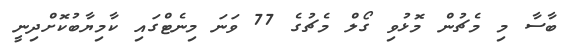
ބާސާ މި މެޗުން މޮޅުވި ގޯލް މެޗުގެ 77 ވަނަ މިނެޓްގައި ކާމިޔާބުކޮށްދިނީ